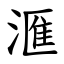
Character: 滙